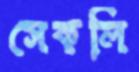
সেকলি